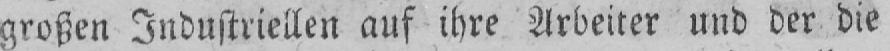
großen Industriellen auf ihre Arbeiter und der die